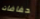
حفاضات